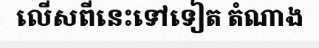
លើសពីនេះទៅទៀត តំណាង